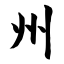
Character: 州